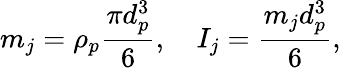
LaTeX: m_{j}=\rho_{p}\frac{\pi d_{p}^{3}}{6},\quad I_{j}=\frac{m_{j}d_{p}^{3}}{6},